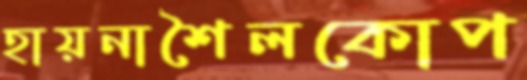
হায়নাশৈলকোপ